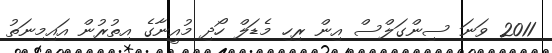
2011 ވަނަ ސިންގަލްސް އިން ރިހި މެޑަލް ހޯދި މުއީނާގެ އިތުރުން އައިމިނަތު